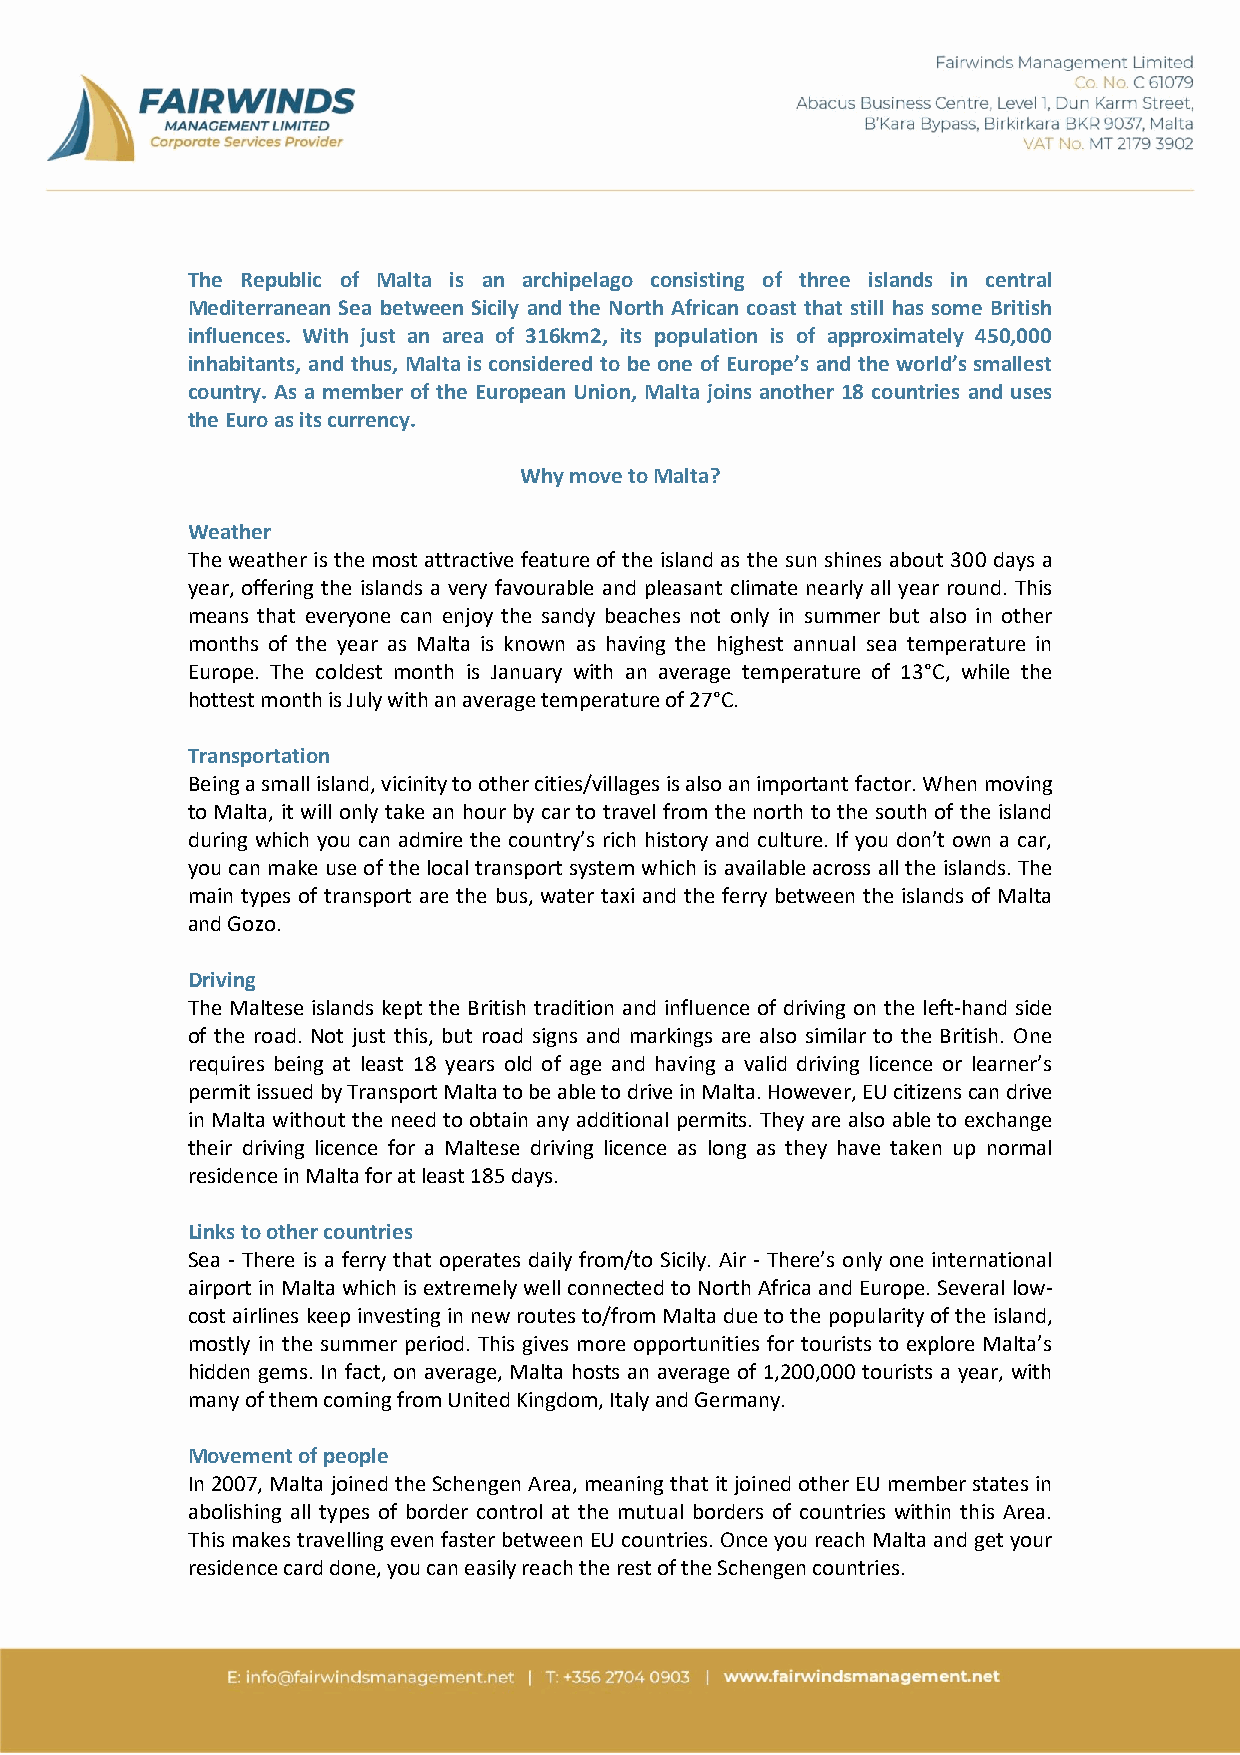
The Republic of Malta is an archipelago consisting of three islands in central
 Mediterranean Sea between Sicily and the North African coast that still has some British
 influences. With just an area of 316km2, its population is of approximately 450,000
 inhabitants, and thus, Malta is considered to be one of Europe’s and the world’s smallest
 country. As a member of the European Union, Malta joins another 18 countries and uses
 the Euro as its currency.
 Why move to Malta?
 Weather
 The weather is the most attractive feature of the island as the sun shines about 300 days a
 year, offering the islands a very favourable and pleasant climate nearly all year round. This
 means that everyone can enjoy the sandy beaches not only in summer but also in other
 months of the year as Malta is known as having the highest annual sea temperature in
 Europe. The coldest month is January with an average temperature of 13°C, while the
 hottest month is July with an average temperature of 27°C.
 Transportation
 Being a small island, vicinity to other cities/villages is also an important factor. When moving
 to Malta, it will only take an hour by car to travel from the north to the south of the island
 during which you can admire the country’s rich history and culture. If you don’t own a car,
 you can make use of the local transport system which is available across all the islands. The
 main types of transport are the bus, water taxi and the ferry between the islands of Malta
 and Gozo.
 Driving
 The Maltese islands kept the British tradition and influence of driving on the left-hand side
 of the road. Not just this, but road signs and markings are also similar to the British. One
 requires being at least 18 years old of age and having a valid driving licence or learner’s
 permit issued by Transport Malta to be able to drive in Malta. However, EU citizens can drive
 in Malta without the need to obtain any additional permits. They are also able to exchange
 their driving licence for a Maltese driving licence as long as they have taken up normal
 residence in Malta for at least 185 days.
 Links to other countries
 Sea - There is a ferry that operates daily from/to Sicily. Air - There’s only one international
 airport in Malta which is extremely well connected to North Africa and Europe. Several low-
 cost airlines keep investing in new routes to/from Malta due to the popularity of the island,
 mostly in the summer period. This gives more opportunities for tourists to explore Malta’s
 hidden gems. In fact, on average, Malta hosts an average of 1,200,000 tourists a year, with
 many of them coming from United Kingdom, Italy and Germany.
 Movement of people
 In 2007, Malta joined the Schengen Area, meaning that it joined other EU member states in
 abolishing all types of border control at the mutual borders of countries within this Area.
 This makes travelling even faster between EU countries. Once you reach Malta and get your
 residence card done, you can easily reach the rest of the Schengen countries.